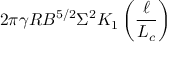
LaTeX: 2 \pi \gamma R B ^ { 5 / 2 } \Sigma ^ { 2 } K _ { 1 } \left( { \frac { \ell } { L _ { c } } } \right)